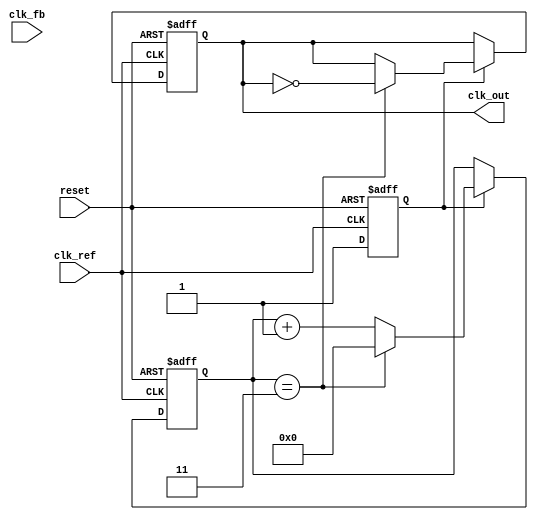
module CP_PLL (
    input wire clk_ref,         // Reference clock
    input wire clk_fb,          // Feedback clock from VCO
    input wire reset,           // Asynchronous reset
    output reg clk_out          // Output clock
);

// Parameters
parameter CP_CURRENT_UP   = 1'b1; // Charge pump UP current
parameter CP_CURRENT_DOWN = 1'b0; // Charge pump DOWN current
parameter VCO_MAX_FREQ    = 100;   // Max VCO frequency
parameter VCO_MIN_FREQ    = 10;    // Min VCO frequency

// PFD signals
reg pfd_up;
reg pfd_down;

// Charge Pump signals
reg [7:0] charge_pump_output; // Output from charge pump
reg [7:0] loop_filter_output;  // Output from loop filter

// VCO frequency
reg [7:0] vco_freq;
reg vco_enable;

// Frequency Divider
reg [3:0] divider_counter;
parameter DIVIDER_RATIO = 4; // Example divider ratio

// Phase Frequency Detector (PFD)
always @(posedge clk_ref or posedge reset) begin
    if (reset) begin
        pfd_up <= 0;
        pfd_down <= 0;
    end else begin
        // Simple edge detection for PFD
        if (clk_ref && !clk_fb)
            pfd_up <= 1;
        else if (!clk_ref && clk_fb)
            pfd_down <= 1;
    end
end

// Charge Pump
always @(posedge clk_ref or posedge reset) begin
    if (reset) begin
        charge_pump_output <= 8'b0;
    end else begin
        if (pfd_up) begin
            charge_pump_output <= charge_pump_output + CP_CURRENT_UP;
        end else if (pfd_down) begin
            charge_pump_output <= charge_pump_output - CP_CURRENT_DOWN;
        end
    end
end

// Loop Filter (Simple RC model)
always @(posedge clk_ref or posedge reset) begin
    if (reset) begin
        loop_filter_output <= 8'b0;
    end else begin
        loop_filter_output <= charge_pump_output; // Simple pass-through for demonstration
    end
end

// Voltage-Controlled Oscillator (VCO)
always @(posedge clk_ref or posedge reset) begin
    if (reset) begin
        vco_freq <= VCO_MIN_FREQ;
        vco_enable <= 0;
    end else begin
        // Adjust VCO frequency based on loop filter output
        if (loop_filter_output > 128) begin
            vco_freq <= (vco_freq < VCO_MAX_FREQ) ? vco_freq + 1 : VCO_MAX_FREQ;
        end else if (loop_filter_output < 128) begin
            vco_freq <= (vco_freq > VCO_MIN_FREQ) ? vco_freq - 1 : VCO_MIN_FREQ;
        end
        vco_enable <= 1; // Enable VCO
    end
end

// Frequency Divider
always @(posedge clk_ref or posedge reset) begin
    if (reset) begin
        divider_counter <= 0;
        clk_out <= 0;
    end else begin
        if (vco_enable) begin
            if (divider_counter == DIVIDER_RATIO - 1) begin
                clk_out <= ~clk_out; // Toggle output clock
                divider_counter <= 0;
            end else begin
                divider_counter <= divider_counter + 1;
            end
        end
    end
end

endmodule